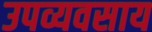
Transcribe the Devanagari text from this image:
उपव्यवसाय